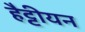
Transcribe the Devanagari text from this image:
हैट्टीयन